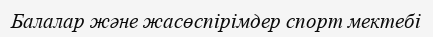
Балалар және жасөспірімдер спорт мектебі